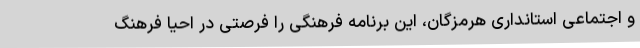
و اجتماعی استانداری هرمزگان، این برنامه فرهنگی را فرصتی در احیا فرهنگ